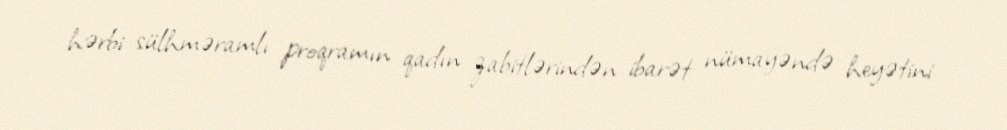
hərbi sülhməramlı proqramın qadın zabitlərindən ibarət nümayəndə heyətini